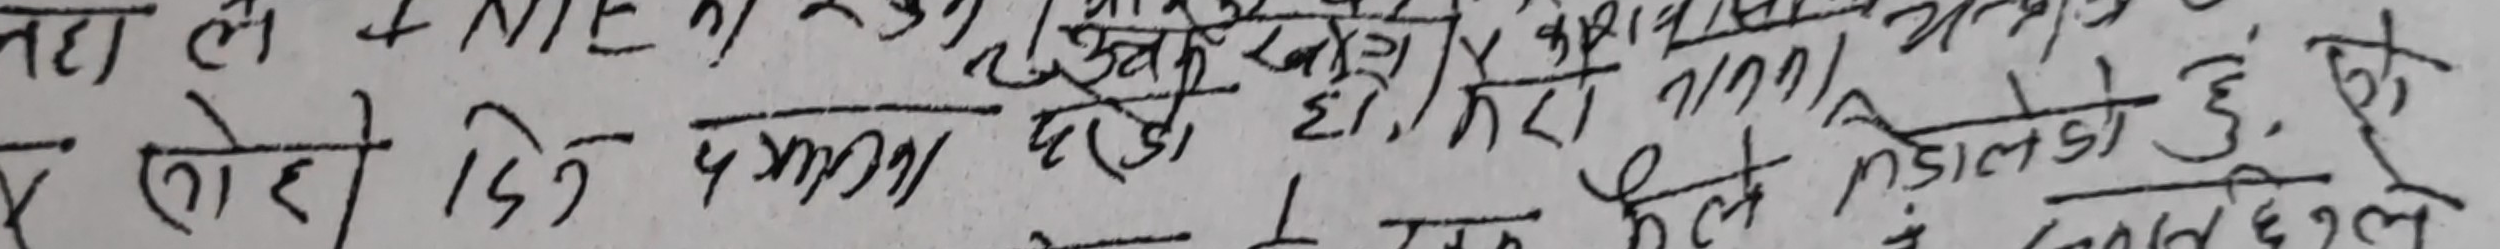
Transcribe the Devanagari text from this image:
वहा ले के बात है तो क्या हुए तो और बात
रहो दिन अधम पड़े है मेरी नमनी मिडाले हुए जी